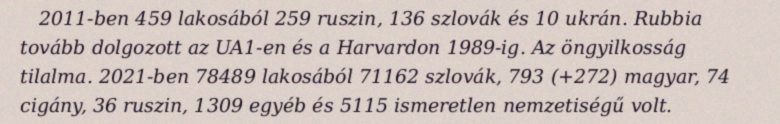
2011-ben 459 lakosából 259 ruszin, 136 szlovák és 10 ukrán. Rubbia tovább dolgozott az UA1-en és a Harvardon 1989-ig. Az öngyilkosság tilalma. 2021-ben 78489 lakosából 71162 szlovák, 793 (+272) magyar, 74 cigány, 36 ruszin, 1309 egyéb és 5115 ismeretlen nemzetiségű volt.